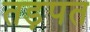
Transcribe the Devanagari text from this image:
तड़पत